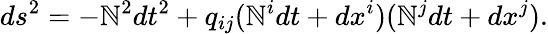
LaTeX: ds^{2}=-\mathbb{N}^{2}dt^{2}+q_{ij}(\mathbb{N}^{i}dt+dx^{i})(\mathbb{N}^{j}dt+dx^{j}).